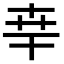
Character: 𠦡